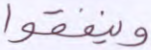
وينفقوا